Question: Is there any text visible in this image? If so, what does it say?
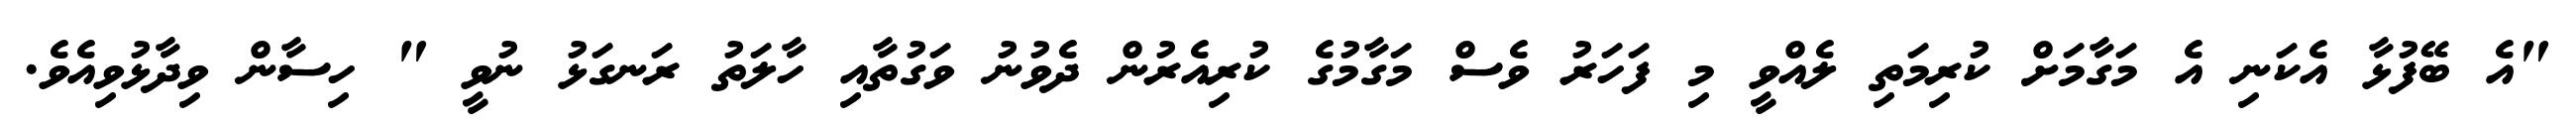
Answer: "އެ ބޭފުޅާ އެކަނި އެ މަގާމަށް ކުރިމަތި ލެއްވީ މި ފަހަރު ވެސް މަގާމުގެ ކުރިއެރުން ދެވުނު ވަގުތާއި ހާލަތު ރަނގަޅު ނުވީ " ހިސާން ވިދާޅުވިއެވެ.